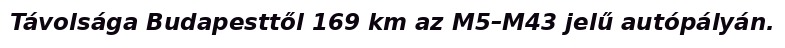
Távolsága Budapesttől 169 km az M5–M43 jelű autópályán.